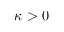
\kappa > 0